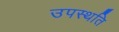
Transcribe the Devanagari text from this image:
उपस्थति